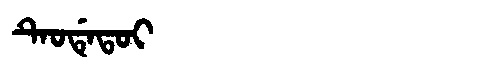
Manchu: ᡨᡝᠣᡩᡝᡨᠣᡳ
Romanization: TEODETOI